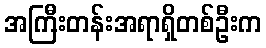
အကြီးတန်းအရာရှိတစ်ဦးက